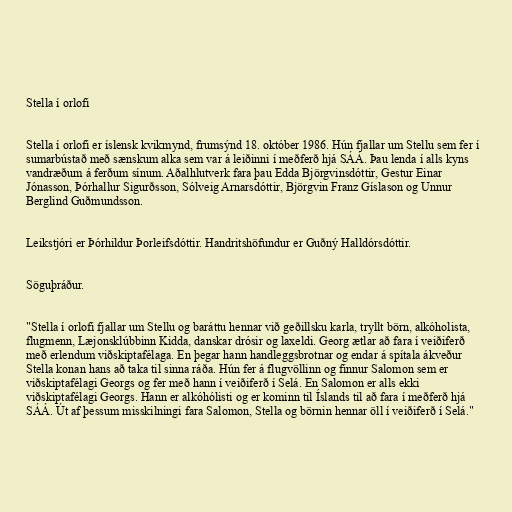
Stella í orlofi

Stella í orlofi er íslensk kvikmynd, frumsýnd 18. október 1986. Hún fjallar um Stellu sem fer í
sumarbústað með sænskum alka sem var á leiðinni í meðferð hjá SÁÁ. Þau lenda í alls kyns
vandræðum á ferðum sínum. Aðalhlutverk fara þau Edda Björgvinsdóttir, Gestur Einar
Jónasson, Þórhallur Sigurðsson, Sólveig Arnarsdóttir, Björgvin Franz Gíslason og Unnur
Berglind Guðmundsson.

Leikstjóri er Þórhildur Þorleifsdóttir. Handritshöfundur er Guðný Halldórsdóttir.

Söguþráður.

"Stella í orlofi fjallar um Stellu og baráttu hennar við geðillsku karla, tryllt börn, alkóholista,
flugmenn, Læjonsklúbbinn Kidda, danskar drósir og laxeldi. Georg ætlar að fara í veiðiferð
með erlendum viðskiptafélaga. En þegar hann handleggsbrotnar og endar á spítala ákveður
Stella konan hans að taka til sinna ráða. Hún fer á flugvöllinn og finnur Salomon sem er
viðskiptafélagi Georgs og fer með hann í veiðiferð í Selá. En Salomon er alls ekki
viðskiptafélagi Georgs. Hann er alkóhólisti og er kominn til Íslands til að fara í meðferð hjá
SÁÁ. Út af þessum misskilningi fara Salomon, Stella og börnin hennar öll í veiðiferð í Selá."